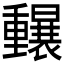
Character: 𲇄